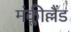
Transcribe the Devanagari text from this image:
मंक्लील्लैंड